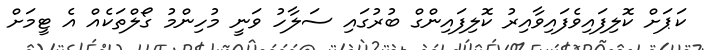
ކަޕަށް ކޮލިފައިވެފައިވާއިރު ކޮލިފައިންގް ބުރުގައި ސަލާހު ވަނީ މުހިންމު ގޯލްތަކެއް އެ ޓީމަށް